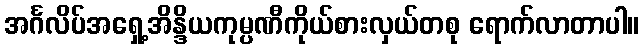
အင်္ဂလိပ်အရှေ့အိန္ဒိယကုမ္ပဏီကိုယ်စားလှယ်တစု ရောက်လာတာပါ။